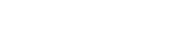
တိုးမြှင့်ပေးနိုင်သည်